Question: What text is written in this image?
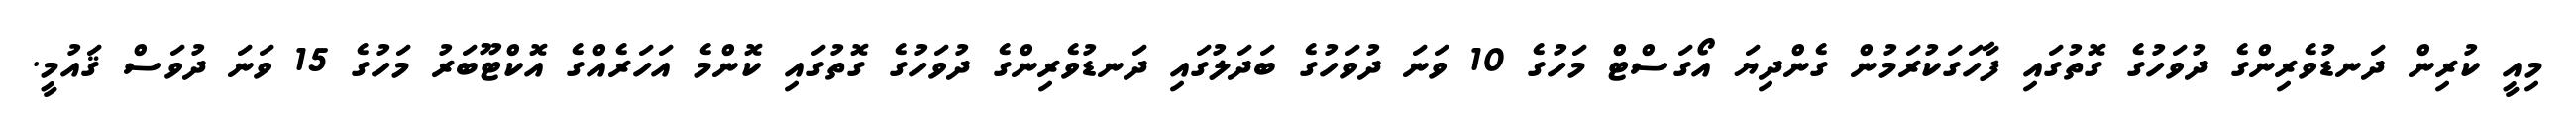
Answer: މިއީ ކުރިން ދަނޑުވެރިންގެ ދުވަހުގެ ގޮތުގައި ފާހަގަކުރަމުން ގެންދިޔަ އޯގަސްޓް މަހުގެ 10 ވަނަ ދުވަހުގެ ބަދަލުގައި ދަނޑުވެރިންގެ ދުވަހުގެ ގޮތުގައި ކޮންމެ އަހަރެއްގެ އޮކްޓޫބަރު މަހުގެ 15 ވަނަ ދުވަސް ޤައުމީ.